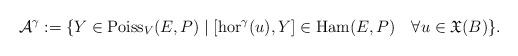
LaTeX: \begin{align*}\mathcal{A}^{\gamma}:=\{Y\in\operatorname{Poiss}_{V}(E,P)\mid[\operatorname{hor}^{\gamma}(u),Y]\in\operatorname{Ham}(E,P)\quad\forall u\in\mathfrak{X}(B)\}.\end{align*}